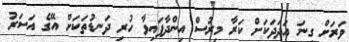
ވަރަށް ގިނަ އަދަދަކަށް ކަރާ މިރުސް އިންދާފައިވާ ހުރި ދަނޑުތަކަށް އޭގެ އަސަރު